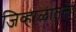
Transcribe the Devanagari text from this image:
जिव्हाळातले